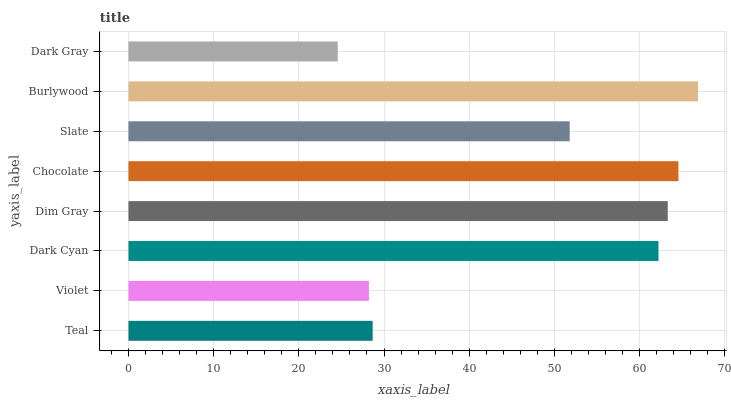
| yaxis_label | bars |
 | --- | --- |
 | Teal | 28.7 |
 | Violet | 28.2 |
 | Dark Cyan | 62.2 |
 | Dim Gray | 63.3 |
 | Chocolate | 64.6 |
 | Slate | 51.8 |
 | Burlywood | 66.9 |
 | Dark Gray | 24.6 |